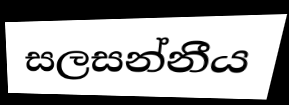
සලසන්නීය